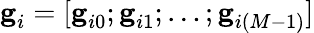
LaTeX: \textbf{g}_{i}=[\textbf{g}_{i0};\textbf{g}_{i1};\ldots;\textbf{g}_{i(M-1)}]